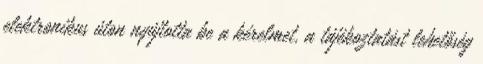
elektronikus úton nyújtotta be a kérelmet, a tájékoztatást lehetőség